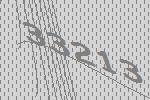
33213